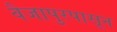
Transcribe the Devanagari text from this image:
वैजापुरपासून